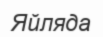
Яйляда